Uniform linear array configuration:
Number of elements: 24
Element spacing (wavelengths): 0.75
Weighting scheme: binomial
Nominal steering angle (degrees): -60
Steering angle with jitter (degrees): -60.493
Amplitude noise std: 0.05
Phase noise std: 0.05

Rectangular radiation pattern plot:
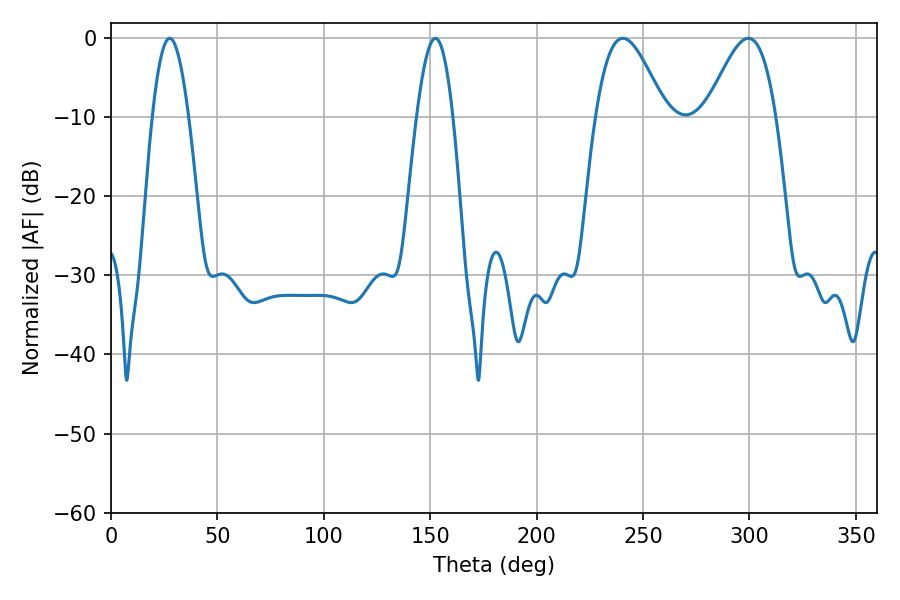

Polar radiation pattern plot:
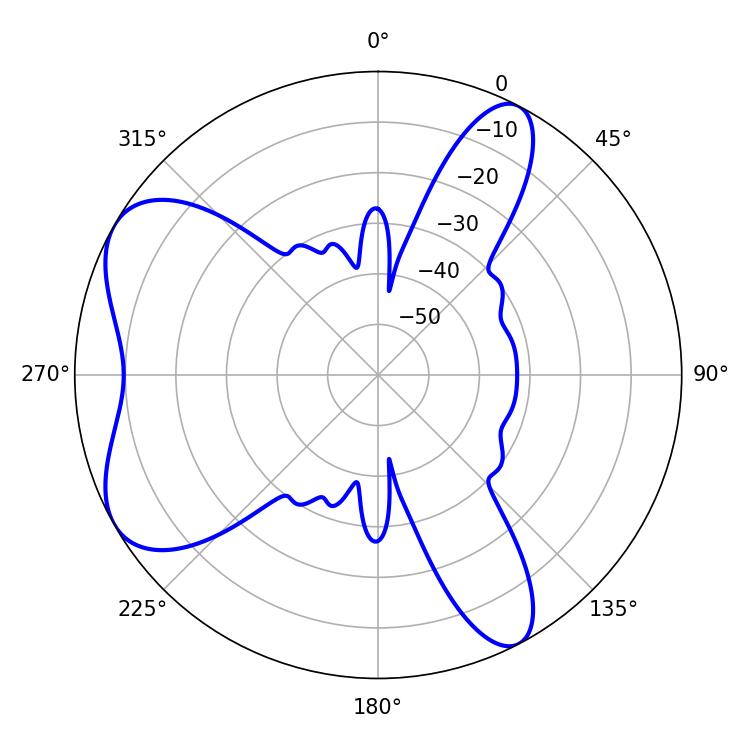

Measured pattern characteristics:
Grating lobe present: TRUE
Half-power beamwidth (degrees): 17.64
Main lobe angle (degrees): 240.48